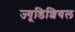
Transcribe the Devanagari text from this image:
ज्यूडिशियल